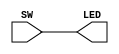
module lab6(SW, LED);

	input [9:0]SW;
	output [9:0]LED;
	
	assign LED[0] = SW[0];
	assign LED[1] = SW[1];
	assign LED[2] = SW[2];
	assign LED[3] = SW[3];
	assign LED[4] = SW[4];
	assign LED[5] = SW[5];
	assign LED[6] = SW[6];
	assign LED[7] = SW[7];
	assign LED[8] = SW[8];
	assign LED[9] = SW[9];
	
endmodule